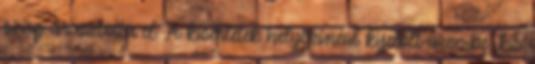
szag árasztotta el. A kísérletek helyszínéül kijelölt üzembe, kis